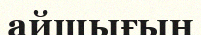
айшығын